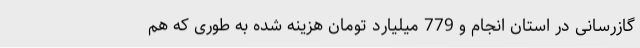
گازرسانی در استان انجام و 779 میلیارد تومان هزینه شده به طوری که هم